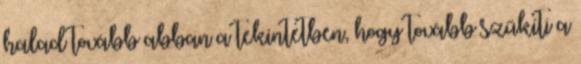
halad tovább abban a tekintetben, hogy tovább szűkíti a